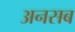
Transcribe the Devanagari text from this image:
अनसब